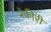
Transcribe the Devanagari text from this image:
रेफीरी